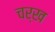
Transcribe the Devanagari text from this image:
चर्ख